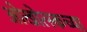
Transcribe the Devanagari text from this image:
ओखोत्स्कच्या